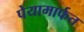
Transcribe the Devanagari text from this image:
पेयामार्फत